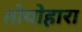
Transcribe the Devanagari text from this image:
तोयोहारा